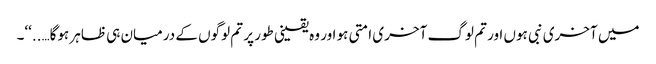
میں آخری نبی ہوں اور تم لوگ آخری امتی ہو اور وہ یقینی طور پر تم لوگوں کے درمیان ہی ظاہر ہوگا…..‘‘۔